Tezpur Lunatic Asylum reports 1895-1904 - 1895-1904
Year: 1895
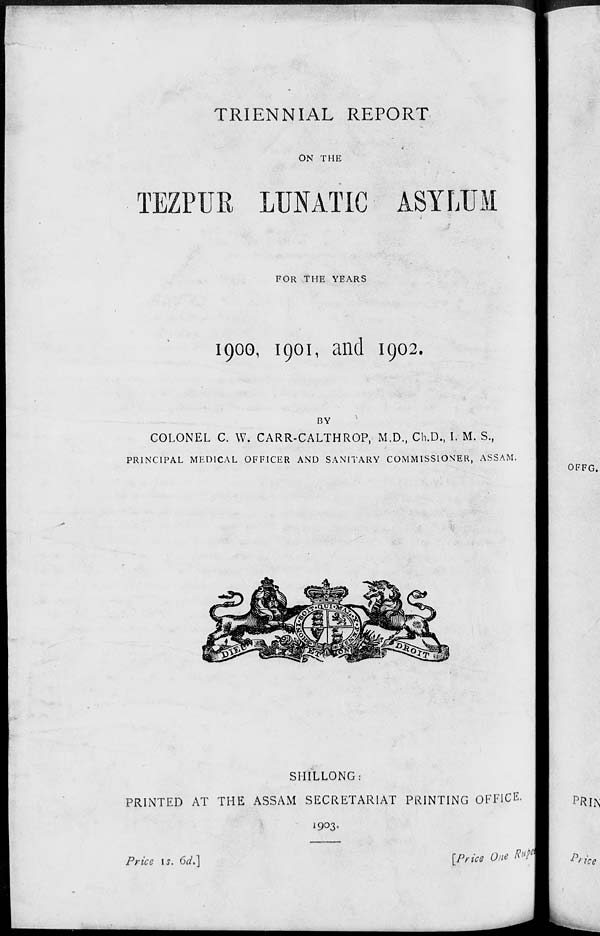
TRIENNIAL REPORT
ON THE
TEZPUR LUNATIC ASYLUM
FOR THE YEARS
1900, 1901, and 1902.
BY
COLONEL C. W. CARR-CALTHROP, M.D., Ch.D., I. M. S.,
PRINCIPAL MEDICAL OFFICER AND SANITARY COMMISSIONER, ASSAM.
SHILLONG:
PRINTED AT THE ASSAM SECRETARIAT PRINTING OFFICE.
1903.
Price is. 6d>]
[Price One WB
P) . {c